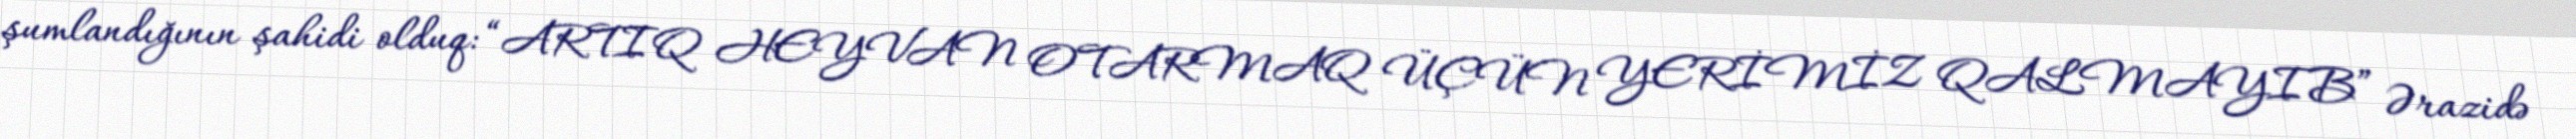
şumlandığının şahidi olduq: “ARTIQ HEYVAN OTARMAQ ÜÇÜN YERİMİZ QALMAYIB” Ərazidə